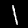
Label: 1